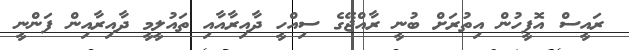
ރައީސް އޮފީހުން އިތުރަށް ބުނީ ރާއްޖޭގެ ސިއްހީ ދާއިރާއާއި ތައުލީމީ ދާއިރާއިން ފަންނީ